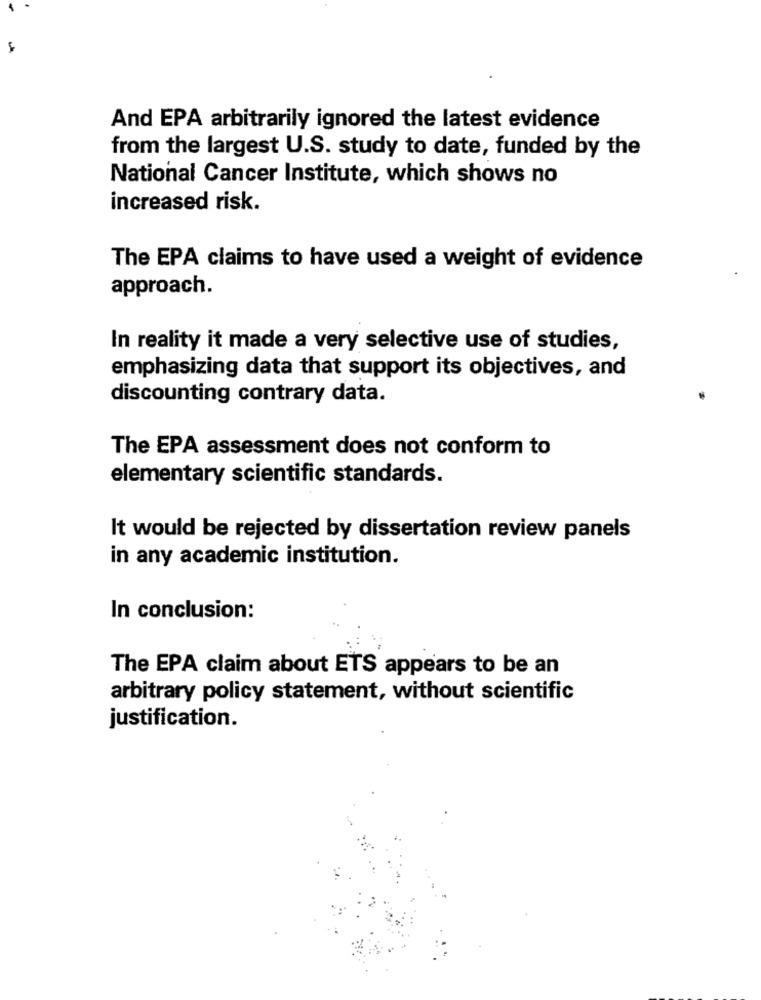
And EPA arbitrarily ignored the latest evidence
from the largest U.S. study to date, funded by the
National Cancer Institute, which shows no
increased risk.
The EPA claims to have used a weight of evidence
approach.
In reality it made a very selective use of studies,
emphasizing data that support its objectives, and
discounting contrary data.
The EPA assessment does not conform to
elementary scientific standards.
It would be rejected by dissertation review panels
in any academic institution.
In conclusion:
The EPA claim about ETS appears to be an
arbitrary policy statement, without scientific
justification.